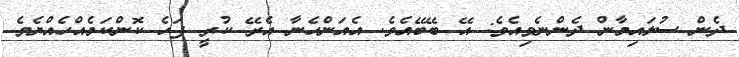
ދެން ސުލައިމާން ދެންނެވިއެވެ: އޭ ބޭބޭއެވެ. އެއަންހެނާ އެރޭ ކުރީ ފަހެ ކޮންކަމެއްހެއްޔެވެ